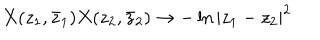
LaTeX: X ( z _ { 1 } , \bar { z } _ { 1 } ) X ( z _ { 2 } , \bar { z } _ { 2 } ) \rightarrow - \ln { | z _ { 1 } - z _ { 2 } | ^ { 2 } }